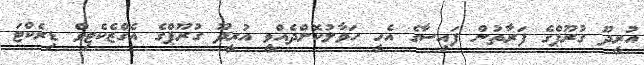
އުރީދޫ ގުރޫޕްގެ ފަރާތުން ފައިސާގެ އެހީ ހަވާލުކޮށްދެއްވީ އުރީދޫ ގުރޫޕްގެ އެގްޒެކެޓިވް ޑިރެކްޓަ